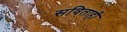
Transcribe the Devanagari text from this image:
सविताही